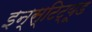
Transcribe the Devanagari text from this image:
इन्स्टिट्यूड